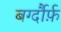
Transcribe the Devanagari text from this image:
बर्ग्दौर्फ़